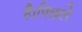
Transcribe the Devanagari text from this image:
है।पिछले